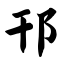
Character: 邗